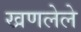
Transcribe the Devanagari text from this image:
खणलेले